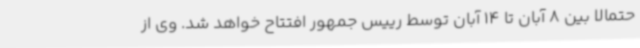
حتمالا بین 8 آبان تا 14 آبان توسط رییس جمهور افتتاح خواهد شد. وی از